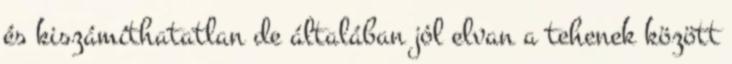
és kiszámíthatatlan de általában jól elvan a tehenek között